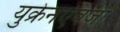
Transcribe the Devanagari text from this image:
युक्रेनऐवजी